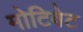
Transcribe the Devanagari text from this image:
मोटिवेट